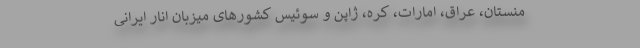
منستان، ‌عراق، امارات،‌ کره،‌ ژاپن و سوئیس کشورهای میزبان انار ایرانی